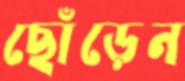
ছোঁড়েন